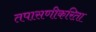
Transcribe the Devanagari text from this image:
तपासणीकरिता